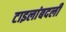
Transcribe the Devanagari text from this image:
टाइलांबदली